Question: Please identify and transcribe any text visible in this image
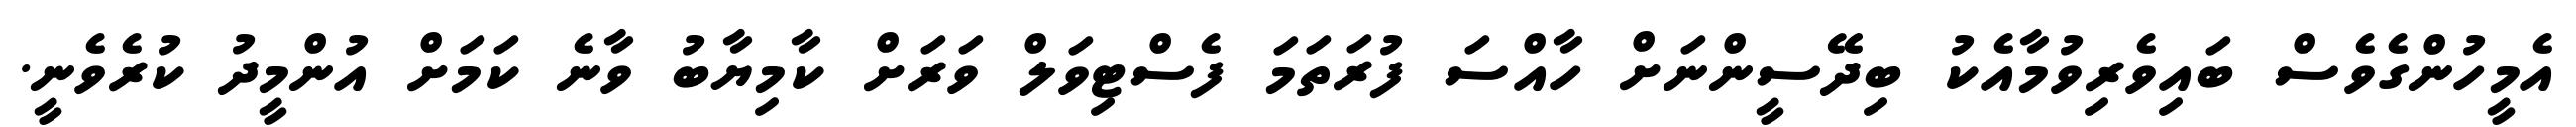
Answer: އެމީހުންގެވެސް ބައިވެރިވުމާއެކު ބިދޭސީންނަށް ހާއްސަ ފުރަތަމަ ފެސްޓިވަލް ވަރަށް ކާމިޔާބު ވާނެ ކަމަށް އުންމީދު ކުރެވެނީ.